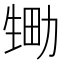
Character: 𱰘